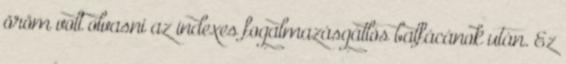
öröm volt olvasni az indexes fogalmazásgátlós balfácánok után. Ez